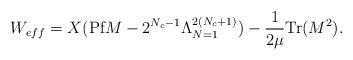
LaTeX: \begin{align*}W_{eff} = X (\mbox{Pf}M - 2^{N_{c}-1}\Lambda_{N=1}^{2(N_{c}+1)}) - \frac{1}{2\mu}\mbox{Tr}(M^{2}).\end{align*}